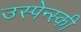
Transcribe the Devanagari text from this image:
उस्पेन्स्की